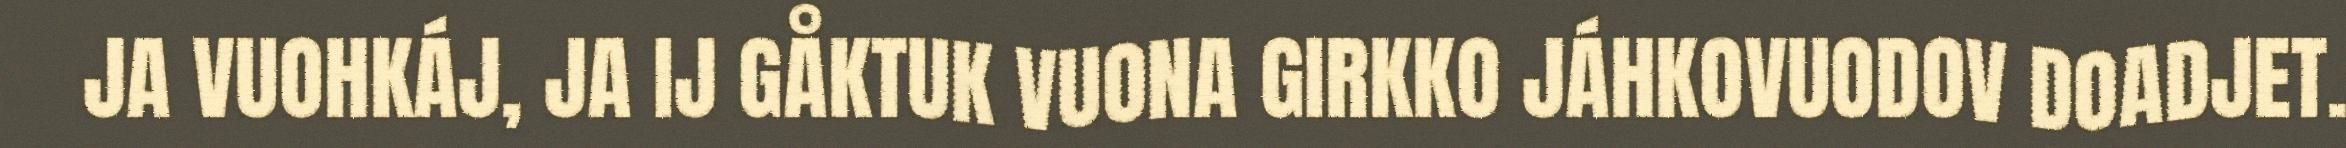
JA VUOHKÁJ, JA IJ GÅKTUK VUONA GIRKKO JÁHKOVUODOV DOADJET.